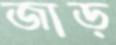
জাড়